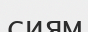
сиям